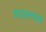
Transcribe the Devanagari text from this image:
अज़लफ्स